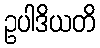
ဥပါဒိယတိ